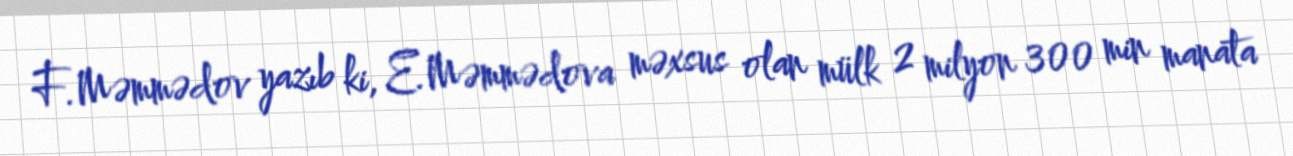
F.Məmmədov yazıb ki, E.Məmmədova məxsus olan mülk 2 milyon 300 min manata